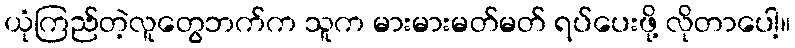
ယုံကြည်တဲ့လူတွေဘက်က သူက မားမားမတ်မတ် ရပ်ပေးဖို့ လိုတာပေါ့။